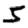
Digit: 5